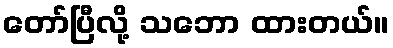
တော်ပြီလို့ သဘော ထားတယ်။